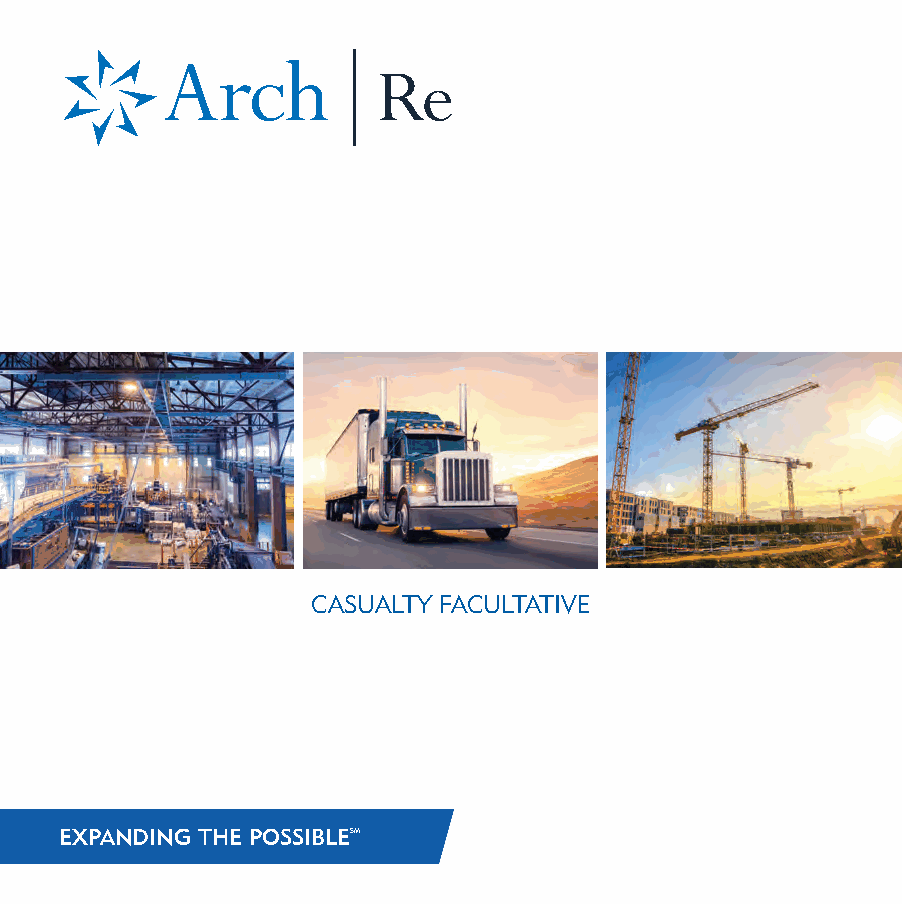
Expertise.
 Ease-of-Use.                                                         Submit your business to your local Arch Re underwriter.
 Our Appetite
 Reliability.
 General Liability & Products
 Partnership.
 We have a broad appetite for
 General Liability and Products/
 Completed Operations risks, including
 manufacturing, construction (practice,
 projects and wrap-ups), retail,
 habitational and liquor liability.
 Automobile Liability
 We will entertain a wide variety of
 Automobile accounts, including trucking,
 third-party transport, contractors and
 delivery operations.
 Umbrella & Excess Coverage                                                                                  CASUALTY FACULTATIVE
 Our appetite is in line with Auto & GL.
 We are a market for Lloyd’s Slip &
 Bermuda Covers.
 Worker’s Compensation
 We can provide carve-out coverages such
 as Industrial Aid Aircraft, Multi-Person
 Excess and Group Transportation.
 © 2023 Arch Reinsurance Facultative Underwriters Inc. All rights reserved. EXPANDING THE POSSIBLESM
 Expanding the Possible is a service mark of Arch Capital Group (U.S.) Inc. Arch Re is a registered mark. 00668-0323